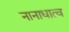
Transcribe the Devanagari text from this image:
नानाधात्व